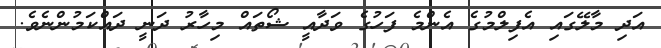
އަދި މާލޭގައި އެފިލްމުގެ އެންމެ ފަހުގެ ވަދާއީ ޝޯތައް މިހާރު ދަނީ ދައްކަމުންނެވެ.